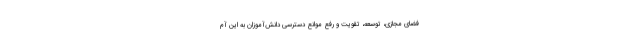
فضای مجازی، توسعه، تقویت و رفع موانع دسترسی دانش‌آموزان به این آم